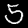
Label: 5